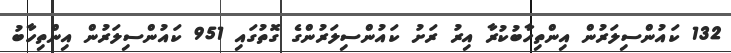
132 ކައުންސިލަރުން އިންތިހާބުކުރާ އިރު ރަށު ކައުންސިލަރުންގެ ގޮތުގައި 951 ކައުންސިލަރުން އިންތިހާބު